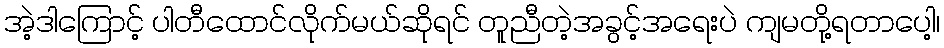
အဲ့ဒါကြောင့် ပါတီထောင်လိုက်မယ်ဆိုရင် တူညီတဲ့အခွင့်အရေးပဲ ကျမတို့ရတာပေါ့၊